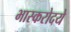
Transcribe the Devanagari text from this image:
भास्करोदये